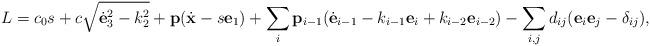
LaTeX: \begin{align*}L=c_0s+c\sqrt{{\dot{\bf e}}_3^2-k^2_2}+{\bf p}({\dot{\bf x}}-s{\bf e}_1)+\sum_{i}{\bf p}_{i-1}({\dot{\bf e}}_{i-1}-k_{i-1}{\bf e}_{i}+k_{i-2}{\bf e}_{i-2})-\sum_{i,j}d_{ij}({\bf e}_i{\bf e}_j-\delta_{ij}),\end{align*}